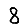
Digit: 8